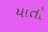
યાતો